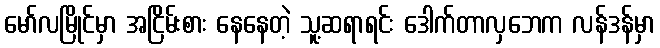
မော်လမြိုင်မှာ အငြိမ်းစား နေနေတဲ့ သူ့ဆရာရင်း ဒေါက်တာလှဘေက လန်ဒန်မှာ